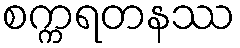
စက္ကရတနဿ